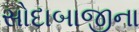
સોદાબાજીના